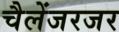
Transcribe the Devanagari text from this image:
चैलेंजरजर